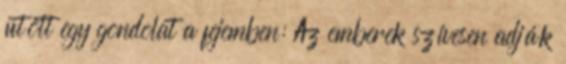
ütött egy gondolat a fejemben: Az emberek szívesen adják